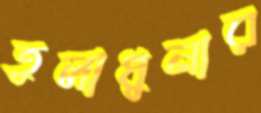
তুলাধুনার